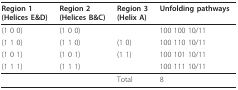
<table><thead><tr><td><b>Region 1(Helices E&amp;D)</b></td><td><b>Region 2(Helices B&amp;C)</b></td><td><b>Region 3(Helix A)</b></td><td><b>Unfolding pathways</b></td></tr></thead><tbody><tr><td>(1 0 0)</td><td>(1 0 0)</td><td></td><td>100 100 10/11</td></tr><tr><td>(1 1 0)</td><td>(1 1 0)</td><td>(1 0)</td><td>100 110 10/11</td></tr><tr><td>(1 0 1)</td><td>(1 0 1)</td><td>(1 1)</td><td>100 101 10/11</td></tr><tr><td>(1 1 1)</td><td>(1 1 1)</td><td></td><td>100 111 10/11</td></tr><tr><td></td><td></td><td>Total</td><td>8</td></tr></tbody></table>